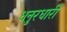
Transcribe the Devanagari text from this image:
धनुरधारी